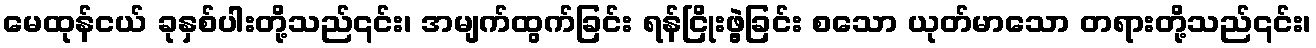
မေထုန်ငယ် ခုနှစ်ပါးတို့သည်၎င်း၊ အမျက်ထွက်ခြင်း ရန်ငြိုးဖွဲ့ခြင်း စသော ယုတ်မာသော တရားတို့သည်၎င်း၊